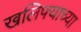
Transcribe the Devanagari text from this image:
खलिफ्याच्या